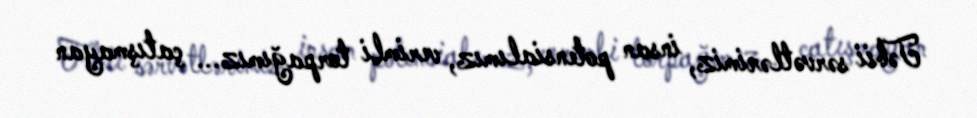
Təbii sərvətlərimiz, insan potensialımız, verimli torpağımız... çatışmayan